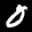
Label: 0